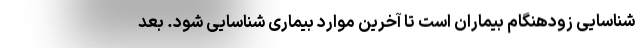
شناسایی زودهنگام بیماران است تا آخرین موارد بیماری شناسایی شود. بعد